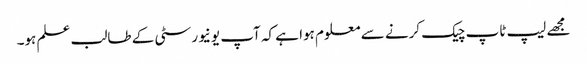
مجھے لیپ ٹاپ چیک کرنے سے معلوم ہوا ہے کہ آپ یونیورسٹی کے طالب علم ہو۔